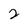
Character: 2